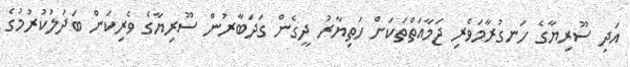
އަދި ސޫރިޔާގެ ހަނގުރާމަވެރި ޖަމާއަތްތަކަށް ހަތިޔާރު ދީގެން ގަދަބާރުން ސޫރިޔާގެ ވެރިކަން ބަދަލުކުރުމުގެ